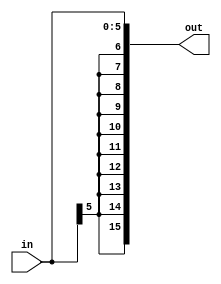
`timescale 1ns / 1ps
//////////////////////////////////////////////////////////////////////////////////
// Company: 
// Engineer: 
// 
// Design Name: 
// Module Name:    SignExtender6to16 
// Project Name: 
// Target Devices: 
// Tool versions: 
// Description: 
//
// Dependencies: 
//
// Revision: 
// Revision 0.01 - File Created
// Additional Comments: 
//
//////////////////////////////////////////////////////////////////////////////////
module SignExtender6to16(
		input [5:0] in,
		output reg [15:0] out
    );

always @ (in)
begin
	out = $signed(in);
end

endmodule